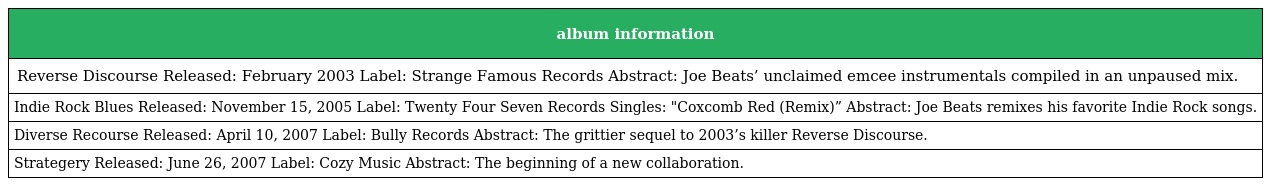
| album information |
 | --- |
 | Reverse Discourse Released: February 2003 Label: Strange Famous Records Abstract: Joe Beats’ unclaimed emcee instrumentals compiled in an unpaused mix. |
 | Indie Rock Blues Released: November 15, 2005 Label: Twenty Four Seven Records Singles: "Coxcomb Red (Remix)” Abstract: Joe Beats remixes his favorite Indie Rock songs. |
 | Diverse Recourse Released: April 10, 2007 Label: Bully Records Abstract: The grittier sequel to 2003’s killer Reverse Discourse. |
 | Strategery Released: June 26, 2007 Label: Cozy Music Abstract: The beginning of a new collaboration. |